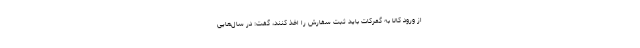
از ورود کالا به گمرکات باید ثبت سفارش را اخذ کنند، گفت: در سال‌هایی